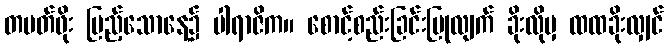
တမတ်ဖိုး ပြည့်သောနေ့၌ ပါရာဇိက။ စောင့်စည်းခြင်းပြုလျက် ခိုးလိုမှ ထထခိုးလျှင်